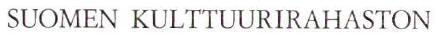
SUOMEN KULTTUURIRAHASTON